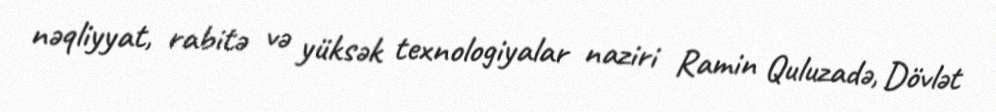
nəqliyyat, rabitə və yüksək texnologiyalar naziri Ramin Quluzadə, Dövlət